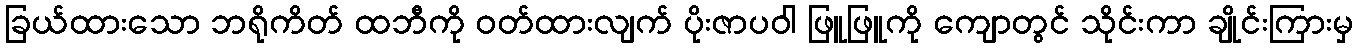
ခြယ်ထားသော ဘရိုကိတ် ထဘီကို ဝတ်ထားလျက် ပိုးဇာပဝါ ဖြူဖြူကို ကျောတွင် သိုင်းကာ ချိုင်းကြားမှ